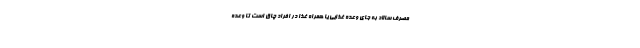
مصرف سالاد به جای وعده غذایی یا همراه غذا در افراد چاق است تا وعده